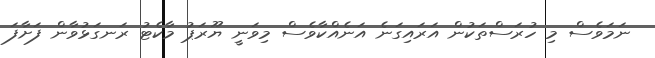
ނަމަވެސް މި ހުރަސްތަކުން އަރައިގަނެ އަނެއްކާވެސް މިވަނީ ޔޫރަޕު މާކެޓު ރަނގަޅުވާން ފަށާފަ